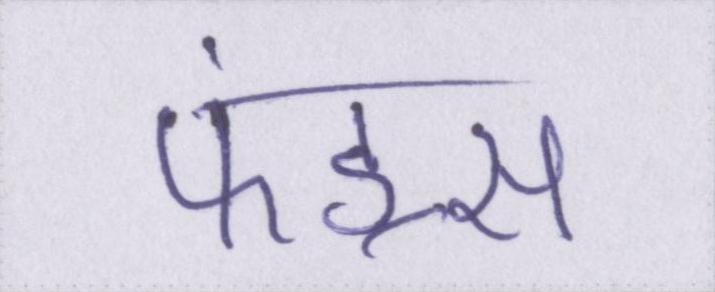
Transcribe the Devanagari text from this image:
फंड्स